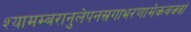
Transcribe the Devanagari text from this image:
श्यामम्बरानुलेपनस्रगाभरणामेकवक्त्रां